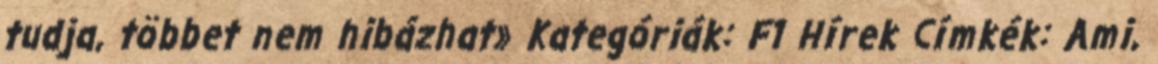
tudja, többet nem hibázhat» Kategóriák: F1 Hírek Címkék: Ami,